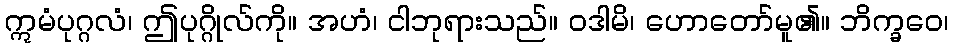
ဣမံပုဂ္ဂလံ၊ ဤပုဂ္ဂိုလ်ကို။ အဟံ၊ ငါဘုရားသည်။ ဝဒါမိ၊ ဟောတော်မူ၏။ ဘိက္ခဝေ၊